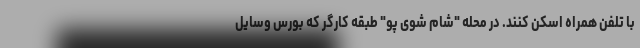
با تلفن همراه اسکن کنند. در محله "شام شوی پو" طبقه کارگر که بورس وسایل